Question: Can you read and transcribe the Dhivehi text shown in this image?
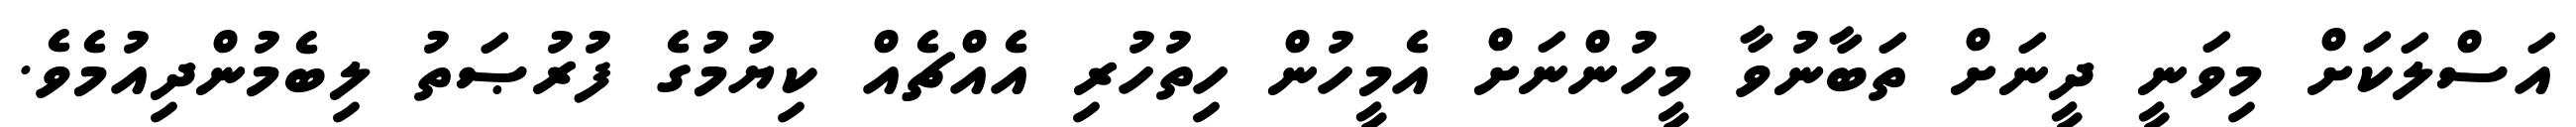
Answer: އަސްލަކަށް މިވަނީ ދީނަށް ތަބާނުވާ މީހުންނަށް އެމީހުން ހިތުހުރި އެއްޗެއް ކިޔުމުގެ ފުރުޞަތު ލިބެމުންދިއުމެވެ.